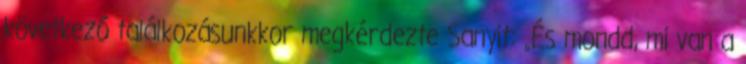
következő találkozásunkkor megkérdezte Sanyit: „És mondd, mi van a